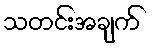
သတင်းအချက်